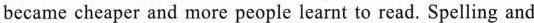
became cheaper and more people learnt to read. Spelling and